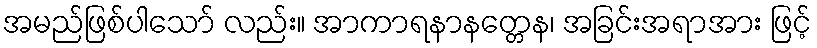
အမည်ဖြစ်ပါသော် လည်း။ အာကာရနာနတ္တေန၊ အခြင်းအရာအား ဖြင့်